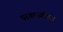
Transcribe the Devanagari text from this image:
परवानगीच्या